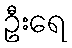
ဦးရေ